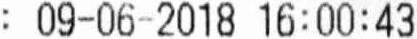
: 09-06-2018 16:00:43